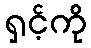
ရှင့်ကို